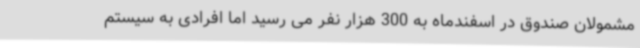
مشمولان صندوق در اسفندماه به 300 هزار نفر می رسید اما افرادی به سیستم